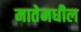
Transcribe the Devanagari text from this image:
मातेमधील